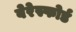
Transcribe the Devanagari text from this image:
बेरेस्फोर्ड